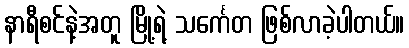
နာရီစင်နဲ့အတူ မြို့ရဲ့ သင်္ကေတ ဖြစ်လာခဲ့ပါတယ်။